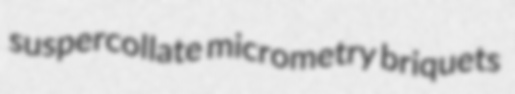
suspercollate micrometry briquets